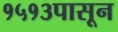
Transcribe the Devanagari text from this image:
१५१३पासून